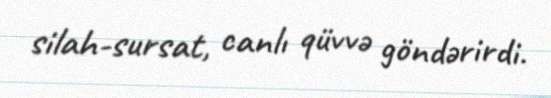
silah-sursat, canlı qüvvə göndərirdi.